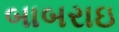
બાબરાઇ